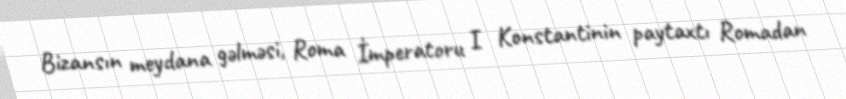
Bizansın meydana gəlməsi, Roma İmperatoru I Konstantinin paytaxtı Romadan